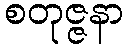
စတုဇ္ဇနာ